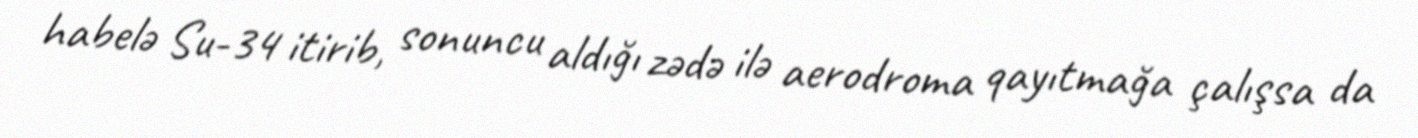
habelə Su-34 itirib, sonuncu aldığı zədə ilə aerodroma qayıtmağa çalışsa da